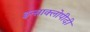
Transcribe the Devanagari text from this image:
इन्साक्लोपीदी